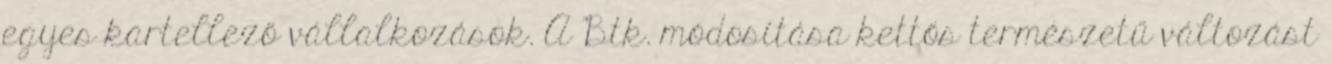
egyes kartellező vállalkozások. A Btk. módosítása kettős természetű változást